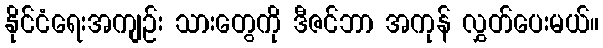
နိုင်ငံရေးအကျဉ်း သားတွေကို ဒီဇင်ဘာ အကုန် လွှတ်ပေးမယ်။